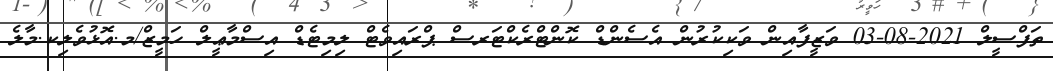
ތަފްސީލް 2021-08-03 ވަޒީފާއިން ވަކިކުރުން އެސެންޑް ކޮންޓްރެކްޓަރސް ޕްރައިވެޓް ލިމިޓެޑް އިސްމާޢީލް ހަމީޒް/މ.އޮޅުވެލިކ.މާލެ